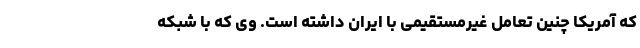
که آمریکا چنین تعامل غیرمستقیمی با ایران داشته است. وی که با شبکه